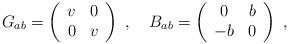
LaTeX: \begin{align*} G_{ab}=\left(\begin{array}{cc} v & 0\\ 0 & v \end{array}\right)~,~~~ B_{ab}=\left(\begin{array}{cc} 0 & b\\ -b & 0 \end{array}\right)~,\end{align*}